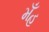
મઁહ